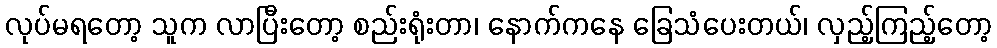
လုပ်မရတော့ သူက လာပြီးတော့ စည်းရုံးတာ၊ နောက်ကနေ ခြေသံပေးတယ်၊ လှည့်ကြည့်တော့